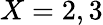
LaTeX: X=2,3